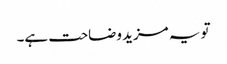
تو یہ مزید وضاحت ہے۔